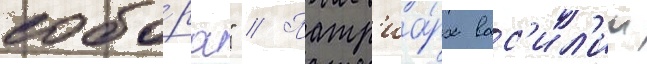
собо́ра" // Патр'иа́рх вас'ил'ии